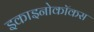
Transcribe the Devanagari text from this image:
इकाइनोकॉकस